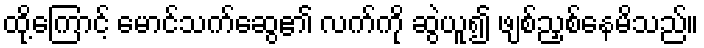
ထို့ကြောင့် မောင်သက်ဆွေ၏ လက်ကို ဆွဲယူ၍ ဖျစ်ညှစ်နေမိသည်။